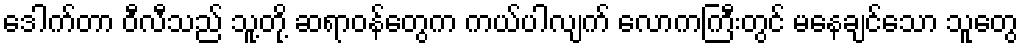
ဒေါက်တာ ဝီလီသည် သူ့တို့ ဆရာဝန်တွေက ကယ်ပါလျက် လောကကြီးတွင် မနေချင်သော သူတွေ